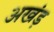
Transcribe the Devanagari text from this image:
अखंड़